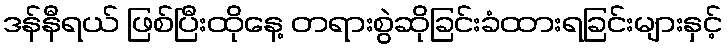
ဒန်နီရယ် ဖြစ်ပြီးထိုနေ့ တရားစွဲဆိုခြင်းခံထားရခြင်းများနှင့်